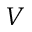
V